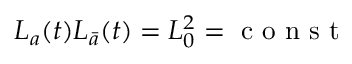
L _ { a } ( t ) L _ { \bar { a } } ( t ) = L _ { 0 } ^ { 2 } = \textrm { c o n s t }